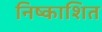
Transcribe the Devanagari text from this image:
निष्काशित